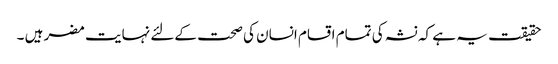
حقیقت یہ ہے کہ نشہ کی تمام اقسام انسان کی صحت کےلئے نہایت مضر ہیں ۔